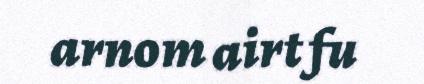
arnom airt fu